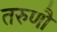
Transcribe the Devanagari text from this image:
तरुणौ